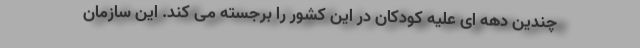
چندین دهه ای علیه کودکان در این کشور را برجسته می کند. این سازمان